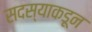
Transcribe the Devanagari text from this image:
सदस्याकडून